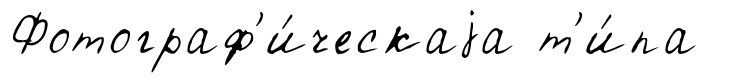
Фотограф'и́ческаjа т'и́па